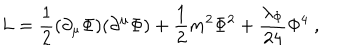
LaTeX: L = { \frac { 1 } { 2 } } ( \partial _ { \mu } \Phi ) ( \partial ^ { \mu } \Phi ) + { \frac { 1 } { 2 } } m ^ { 2 } \Phi ^ { 2 } + { \frac { \lambda _ { \Phi } } { 2 4 } } \Phi ^ { 4 } ~ ,